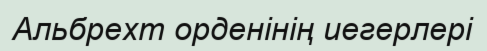
Альбрехт орденінің иегерлері